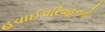
હવાઈપરિવહનનો